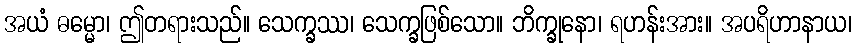
အယံ ဓမ္မော၊ ဤတရားသည်။ သေက္ခဿ၊ သေက္ခဖြစ်သော။ ဘိက္ခုနော၊ ရဟန်းအား။ အပရိဟာနာယ၊